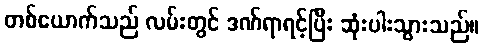
တစ်ယောက်သည် လမ်းတွင် ဒဏ်ရာရင့်ပြီး ဆုံးပါးသွားသည်။